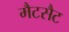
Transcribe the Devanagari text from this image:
मैटसैट